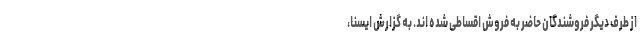
از طرف دیگر فروشندگان حاضر به فروش اقساطی شده اند. به گزارش ایسنا،